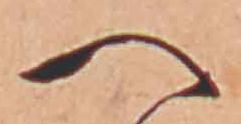
へ